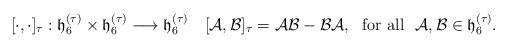
LaTeX: \begin{align*}[\cdot,\cdot]_\tau:\mathfrak{h}_{6}^{(\tau)}\times\mathfrak{h}_{6}^{(\tau)}\longrightarrow\mathfrak{h}_{6}^{(\tau)} \quad{}[\mathcal{A}, \mathcal{B}]_\tau=\mathcal{A} \mathcal{B}-\mathcal{B} \mathcal{A},\mbox{~~for all~~}\mathcal{A}, \mathcal{B}\in\mathfrak{h}_{6}^{(\tau)}.\end{align*}